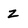
Character: Z